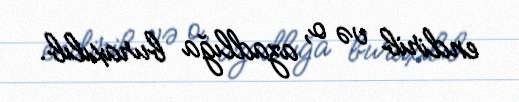
endirib və o, azadlığa buraxılıb.